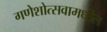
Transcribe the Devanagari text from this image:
गणेशोत्सवामधील